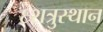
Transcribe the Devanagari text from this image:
६शत्रुस्थान